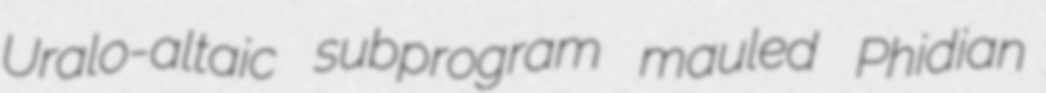
Uralo-altaic subprogram mauled Phidian